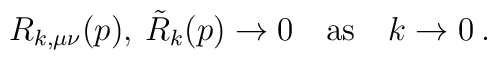
R_{k,\mu\nu}(p),\: \tilde{R}_k(p) \to 0 \quad\mbox{as}\quad k \to 0 \:.